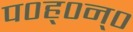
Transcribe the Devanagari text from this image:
प०ह्०न्०